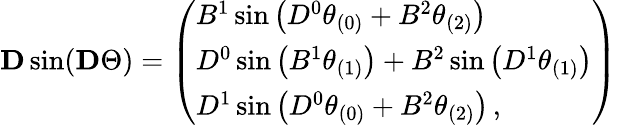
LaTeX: \begin{array}{r}{\mathbf{D}\sin(\mathbf{D}\Theta)=\left(\begin{array}{l}{B^{1}\sin\left(D^{0}\theta_{(0)}+B^{2}\theta_{(2)}\right)}\\ {D^{0}\sin\left(B^{1}\theta_{(1)}\right)+B^{2}\sin\left(D^{1}\theta_{(1)}\right)}\\ {D^{1}\sin\left(D^{0}\theta_{(0)}+B^{2}\theta_{(2)}\right)\, ,}\end{array}\right)}\end{array}